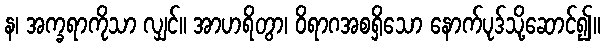
န၊ အက္ခရာကိုသာ လျှင်။ အာဟရိတွာ၊ ဝိရာဂအစရှိသော နောက်ပုဒ်သို့ဆောင်၍။